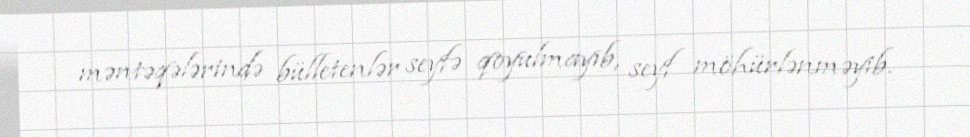
məntəqələrində bülletenlər seyfə qoyulmayıb, seyf möhürlənməyib.